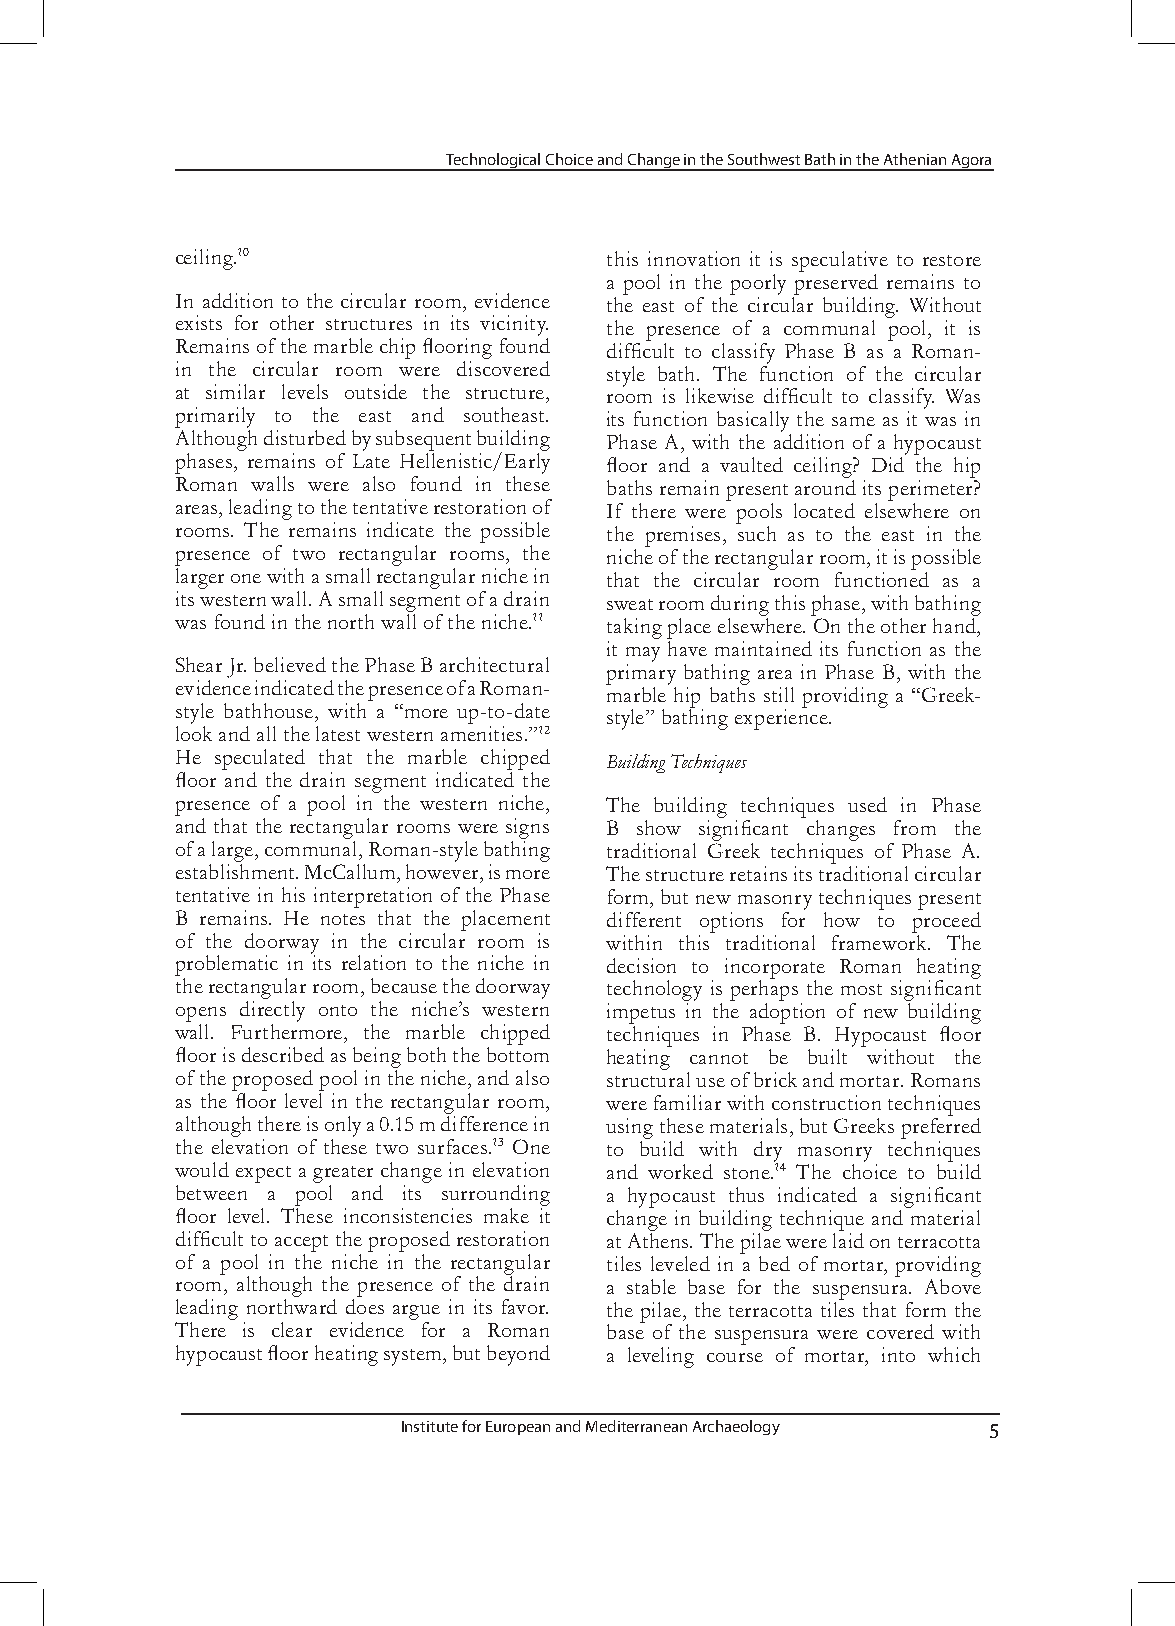
Technological Choice and Change in the Southwest Bath in the Athenian Agora
 ceiling.10                  this innovation it is speculative to restore
 a pool in the poorly preserved remains to
 In addition to the circular room, evidence the east of the circular building. Without
 exists for other structures in its vicinity. the presence of a communal pool, it is
 Remains of the marble chip flooring found difficult to classify Phase B as a Roman-
 in the circular room were discovered style bath. The function of the circular
 at similar levels outside the structure, room is likewise difficult to classify. Was
 primarily to the east and southeast. its function basically the same as it was in
 Although disturbed by subsequent building Phase A, with the addition of a hypocaust
 phases, remains of Late Hellenistic/Early floor and a vaulted ceiling? Did the hip
 Roman walls were also found in these baths remain present around its perimeter?
 areas, leading to the tentative restoration of If there were pools located elsewhere on
 rooms. The remains indicate the possible the premises, such as to the east in the
 presence of two rectangular rooms, the niche of the rectangular room, it is possible
 larger one with a small rectangular niche in that the circular room functioned as a
 its western wall. A small segment of a drain sweat room during this phase, with bathing
 was found in the north wall of the niche.11 taking place elsewhere. On the other hand,
 it may have maintained its function as the
 Shear Jr. believed the Phase B architectural primary bathing area in Phase B, with the
 evidence indicated the presence of a Roman- marble hip baths still providing a “Greek-
 style bathhouse, with a “more up-to-date style” bathing experience.
 look and all the latest western amenities.”12
 He speculated that the marble chipped Building Techniques
 floor and the drain segment indicated the
 presence of a pool in the western niche, The building techniques used in Phase
 and that the rectangular rooms were signs B show significant changes from the
 of a large, communal, Roman-style bathing traditional Greek techniques of Phase A.
 establishment. McCallum, however, is more The structure retains its traditional circular
 tentative in his interpretation of the Phase form, but new masonry techniques present
 B remains. He notes that the placement different options for how to proceed
 of the doorway in the circular room is within this traditional framework. The
 problematic in its relation to the niche in decision to incorporate Roman heating
 the rectangular room, because the doorway technology is perhaps the most significant
 opens directly onto the niche’s western impetus in the adoption of new building
 wall. Furthermore, the marble chipped techniques in Phase B. Hypocaust floor
 floor is described as being both the bottom heating cannot be built without the
 of the proposed pool in the niche, and also structural use of brick and mortar. Romans
 as the floor level in the rectangular room, were familiar with construction techniques
 although there is only a 0.15 m difference in using these materials, but Greeks preferred
 the elevation of these two surfaces.13 One to build with dry masonry techniques
 would expect a greater change in elevation and worked stone.14 The choice to build
 between a pool and its surrounding a hypocaust thus indicated a significant
 floor level. These inconsistencies make it change in building technique and material
 difficult to accept the proposed restoration at Athens. The pilae were laid on terracotta
 of a pool in the niche in the rectangular tiles leveled in a bed of mortar, providing
 room, although the presence of the drain a stable base for the suspensura. Above
 leading northward does argue in its favor. the pilae, the terracotta tiles that form the
 There is clear evidence for a Roman base of the suspensura were covered with
 hypocaust floor heating system, but beyond a leveling course of mortar, into which
 Institute for European and Mediterranean Archaeology 5